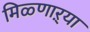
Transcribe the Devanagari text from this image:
मिळ्णाऱ्या